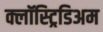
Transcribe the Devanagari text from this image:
क्लॉस्ट्रिडिअम